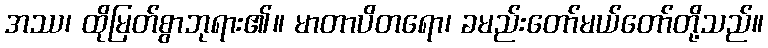
အဿ၊ ထိုမြတ်စွာဘုရား၏။ မာတာပိတရော၊ ခမည်းတော်မယ်တော်တို့သည်။